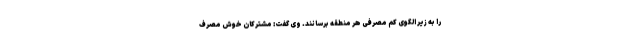
را به زیر الگوی کم مصرفی هر منطقه برسانند. وی گفت: مشترکان خوش مصرف